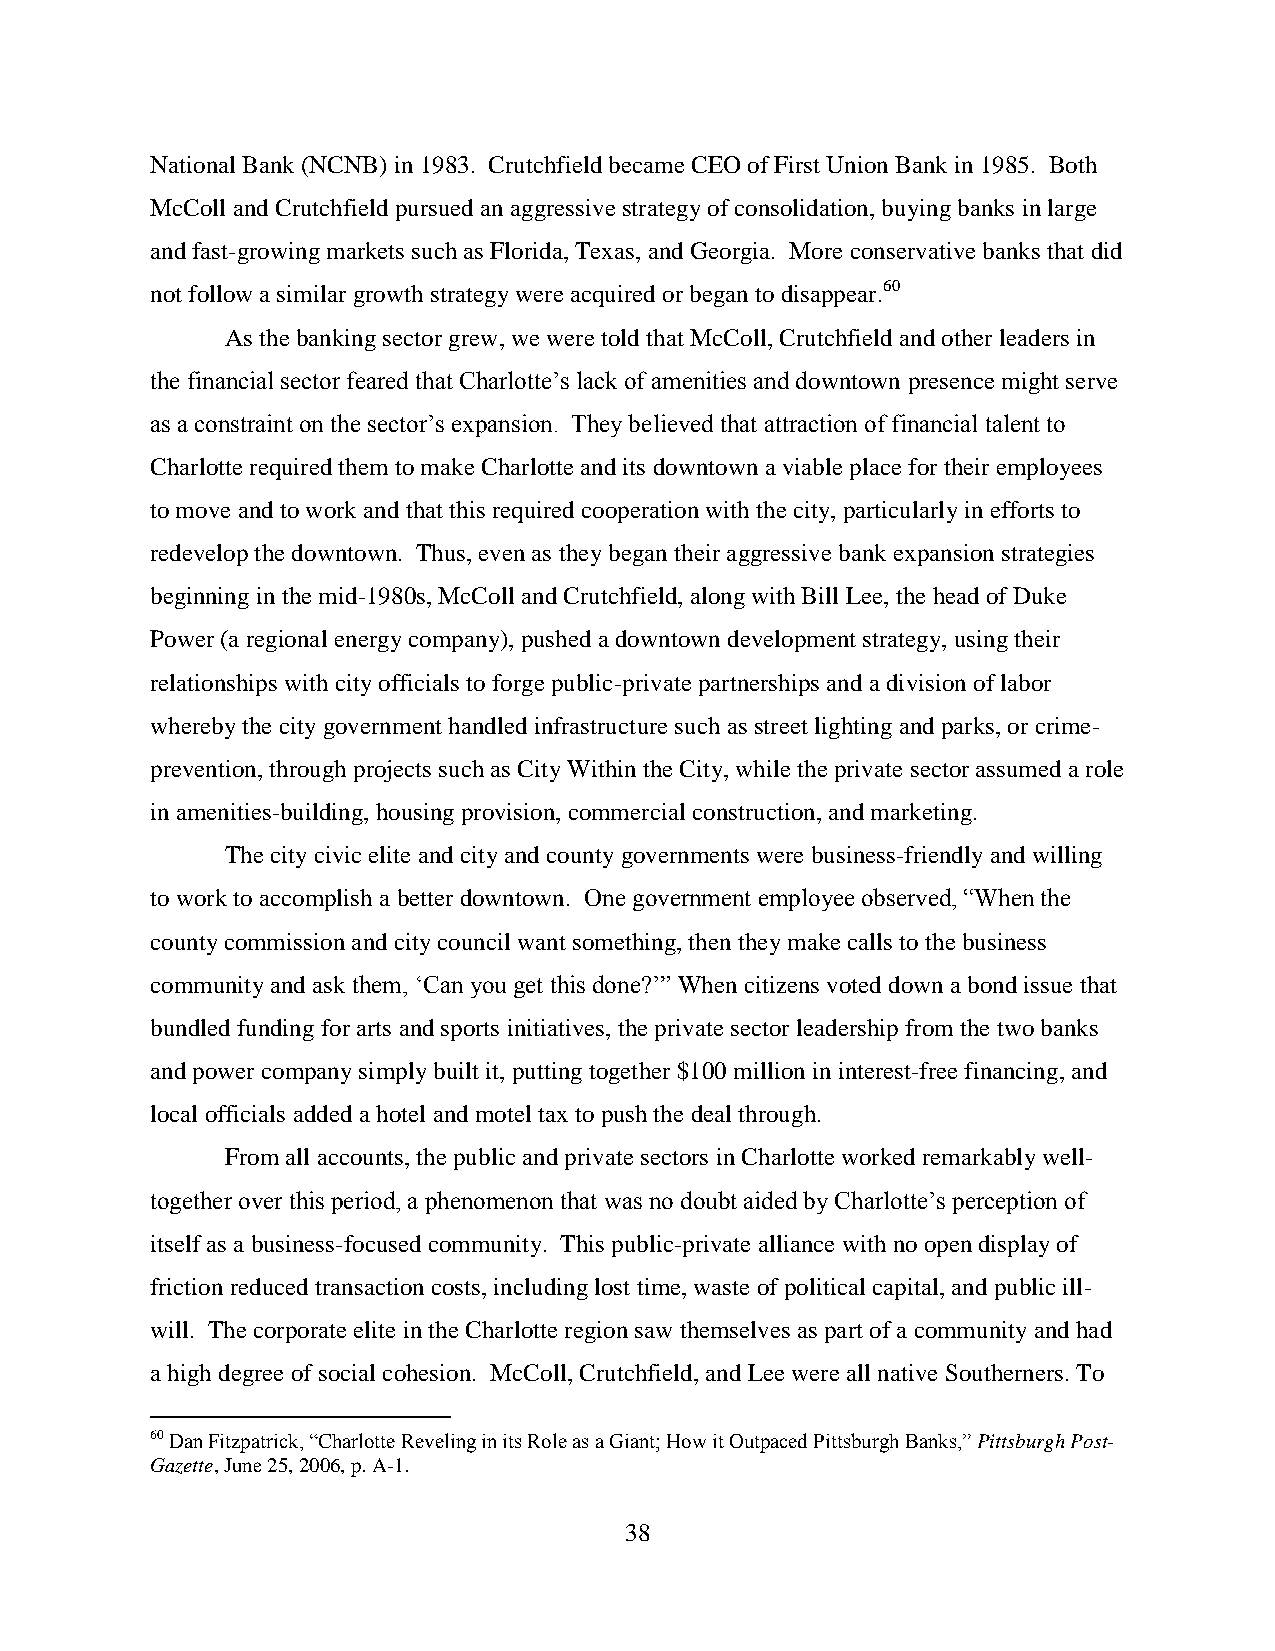
National Bank (NCNB) in 1983. Crutchfield became CEO of First Union Bank in 1985. Both
 McColl and Crutchfield pursued an aggressive strategy of consolidation, buying banks in large
 and fast-growing markets such as Florida, Texas, and Georgia. More conservative banks that did
 not follow a similar growth strategy were acquired or began to disappear.60
 As the banking sector grew, we were told that McColl, Crutchfield and other leaders in
 the financial sector feared that Charlotte’s lack of amenities and downtown presence might serve
 as a constraint on the sector’s expansion. They believed that attraction of financial talent to
 Charlotte required them to make Charlotte and its downtown a viable place for their employees
 to move and to work and that this required cooperation with the city, particularly in efforts to
 redevelop the downtown. Thus, even as they began their aggressive bank expansion strategies
 beginning in the mid-1980s, McColl and Crutchfield, along with Bill Lee, the head of Duke
 Power (a regional energy company), pushed a downtown development strategy, using their
 relationships with city officials to forge public-private partnerships and a division of labor
 whereby the city government handled infrastructure such as street lighting and parks, or crime-
 prevention, through projects such as City Within the City, while the private sector assumed a role
 in amenities-building, housing provision, commercial construction, and marketing.
 The city civic elite and city and county governments were business-friendly and willing
 to work to accomplish a better downtown. One government employee observed, “When the
 county commission and city council want something, then they make calls to the business
 community and ask them, ‘Can you get this done?’” When citizens voted down a bond issue that
 bundled funding for arts and sports initiatives, the private sector leadership from the two banks
 and power company simply built it, putting together $100 million in interest-free financing, and
 local officials added a hotel and motel tax to push the deal through.
 From all accounts, the public and private sectors in Charlotte worked remarkably well-
 together over this period, a phenomenon that was no doubt aided by Charlotte’s perception of
 itself as a business-focused community. This public-private alliance with no open display of
 friction reduced transaction costs, including lost time, waste of political capital, and public ill-
 will. The corporate elite in the Charlotte region saw themselves as part of a community and had
 a high degree of social cohesion. McColl, Crutchfield, and Lee were all native Southerners. To
 60 Dan Fitzpatrick, “Charlotte Reveling in its Role as a Giant; How it Outpaced Pittsburgh Banks,” Pittsburgh Post-
 Gazette, June 25, 2006, p. A-1.
 38